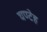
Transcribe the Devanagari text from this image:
घण्टेह